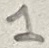
Text: 1